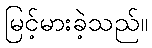
မြင့်မားခဲ့သည်။